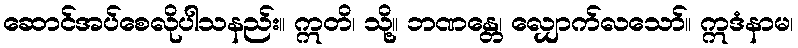
ဆောင်အပ်စေလိုပါသနည်း။ ဣတိ၊ သို့။ ဘဏန္တေ၊ လျှောက်လသော်။ ဣဒံနာမ၊